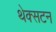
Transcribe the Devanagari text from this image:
थेक्सटन